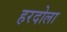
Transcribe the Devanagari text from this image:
हरदोला